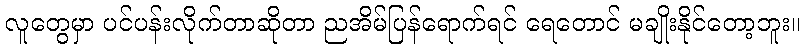
လူတွေမှာ ပင်ပန်းလိုက်တာဆိုတာ ညအိမ်ပြန်ရောက်ရင် ရေတောင် မချိုးနိုင်တော့ဘူး။